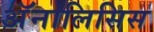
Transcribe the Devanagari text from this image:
अॅनालिसिस